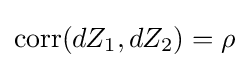
\operatorname {corr} (dZ_{1},dZ_{2})=\rho